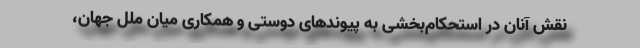
نقش آنان در استحکام‌بخشی به پیوندهای دوستی و همکاری میان ملل جهان،